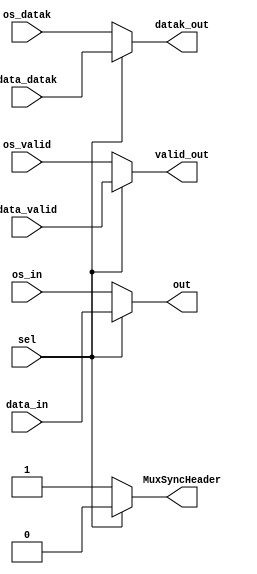
module MUX (sel,data_valid, os_valid, data_in, os_in, data_datak, os_datak, out, datak_out, valid_out,MuxSyncHeader);
input sel;//selector signal coming from Tx LTSSM in order to tell MUX to forward either order sets coming from os generator or TLPs or DLLPs coming from LPIF Tx control and dataflow
input [63:0]data_valid;// valid data coming from LPIF Tx control and dataflow
input [63:0]os_valid;// valid data comimg from os generator
input [63:0]data_datak; // K or D characters coming coming from LPIF Tx control and dataflow
input [63:0]os_datak;// K or D characters coming coming from OS GENERATOR
input [511:0] data_in;// TLPS or DLLPS coming from LPIF Tx control and dataflow
input [511:0] os_in;// order sets coming from os generator
output reg MuxSyncHeader;
output reg [63:0]valid_out; 
output reg [63:0]datak_out;
output reg [511:0] out;
always@(*)begin
 if(sel)begin  // if Tx LTSSM choose to forward TLPs or DLLPs coming from LPIF Tx control and dataflow
   out=data_in;
   valid_out=data_valid;
   datak_out=data_datak;
   MuxSyncHeader=0;
   end
 else begin // if Tx LTSSM choose to forward order sets coming from os generator
  out=os_in;
  valid_out=os_valid;
  datak_out=os_datak;
  MuxSyncHeader=1;
  end
 end
 endmodule